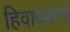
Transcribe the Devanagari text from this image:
हिवाळ्याचे